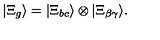
| \Xi _ { g } \rangle = | \Xi _ { b c } \rangle \otimes | \Xi _ { \beta \gamma } \rangle .